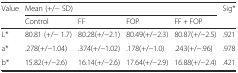
| <ROWSPAN=2> Value | <COLSPAN=4> Mean (+/− SD) | <ROWSPAN=2> Sig* |
 | Control | FF | FOP | FF + FOP |
 | --- | --- | --- | --- | --- | --- |
 | L* | 80.81 (+/− 1.7) | 80.28(+/−2.1) | 80.49(+/−2.3) | 80.87(+/−2.5) | .921 |
 | a* | .278(+/−1.04) | .374(+/−1.02) | .178(+/−1.0) | .243(+/−.96) | .978 |
 | b* | 15.82(+/−2.6) | 16.14(+/−2.6) | 17.64(+/−2.9) | 16.88(+/−2.4) | .421 |